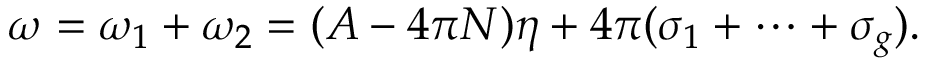
\omega = \omega _ { 1 } + \omega _ { 2 } = ( A - 4 \pi N ) \eta + 4 \pi ( \sigma _ { 1 } + \cdots + \sigma _ { g } ) .